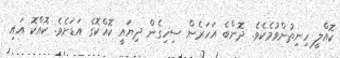
ކޮއްލީ ހިނިތުންވުމެކެވެ. ދޮންބެ އަހަރެން ސިހިގެން ދިޔައީ ކޮއްކޮގެ އަޑަށެވެ. ކޮއްކޮ އައި